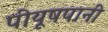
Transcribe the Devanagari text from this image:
पीयूषपानी